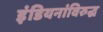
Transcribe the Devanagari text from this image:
इंडियनांविरुद्ध